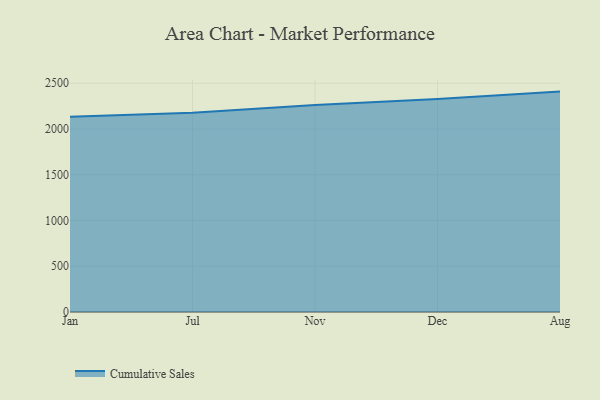
{"axis": {"x": "Month", "y": "Active Users"}, "legend": ["Cumulative Sales"], "data": [{"x": "Jan", "y": 2132.9, "type": "Cumulative Sales"}, {"x": "Jul", "y": 2178.1, "type": "Cumulative Sales"}, {"x": "Nov", "y": 2261.3, "type": "Cumulative Sales"}, {"x": "Dec", "y": 2329.0, "type": "Cumulative Sales"}, {"x": "Aug", "y": 2408.7, "type": "Cumulative Sales"}]}